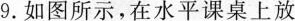
9.如图所示，在水平课桌上放